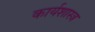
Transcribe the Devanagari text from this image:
कार्यशास्त्र